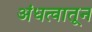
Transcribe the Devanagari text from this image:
अंधत्वातून